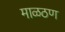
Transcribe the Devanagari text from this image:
माळठण